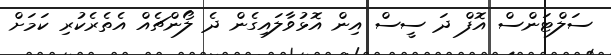
ސަލްޓަންސް އޮފް ދަ ސީސް އިން އޮޅުވާލައިގެން ދެ ލޯންޗެއް އެތެރެކުރި ކަމަށް